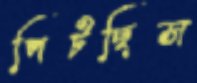
পিটছিস